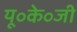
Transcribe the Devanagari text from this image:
यू॰के॰जी